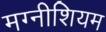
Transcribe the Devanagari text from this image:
मग्नीशियम